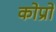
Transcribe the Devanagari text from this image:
कोप्रो